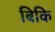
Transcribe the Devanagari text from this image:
बिकि